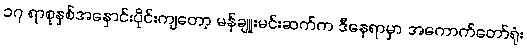
၁၇ ရာစုနှစ်အနှောင်းပိုင်းကျတော့ မန်ချူးမင်းဆက်က ဒီနေရာမှာ အကောက်တော်ရုံး